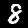
Digit: 8